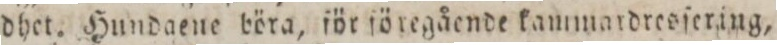
godhet. Hundaene böra, för föregående kammardresſering,